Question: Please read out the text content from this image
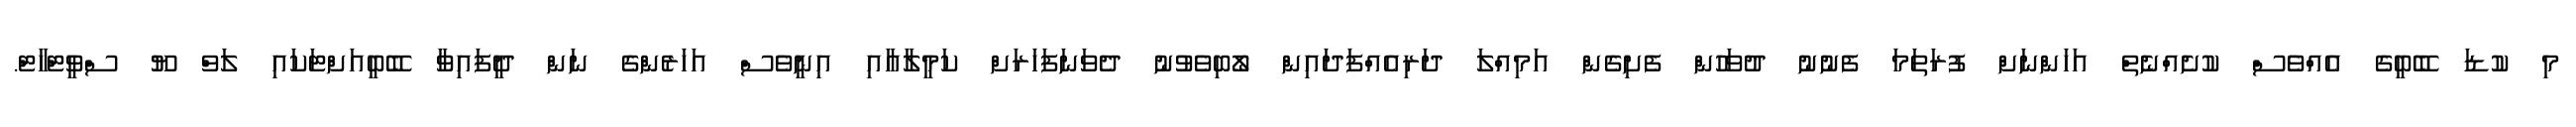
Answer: މި ކުޑަ ބޭބީގެ އެއްވެސް ކުށެއްނެތް އަހަންނަށް ފުރަތަމަ ފެނުނު ދުވަހުން ފެށިގެން އަމިއްލަ ދަރިއެއްފަދައިން ލޯބިވެވުނު ދެވަނަފަހަރަށް ކަމީލާއާއި އިނީވެސް އަހަރެންގެ ނަން ދީފައިވާ ބޭބީއަށްޓަކައި ލަވް ޔޫ ސްވީޓްހާޓް.